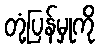
တုံ့ပြန်မှုကို